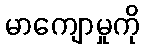
မာကျောမှုကို